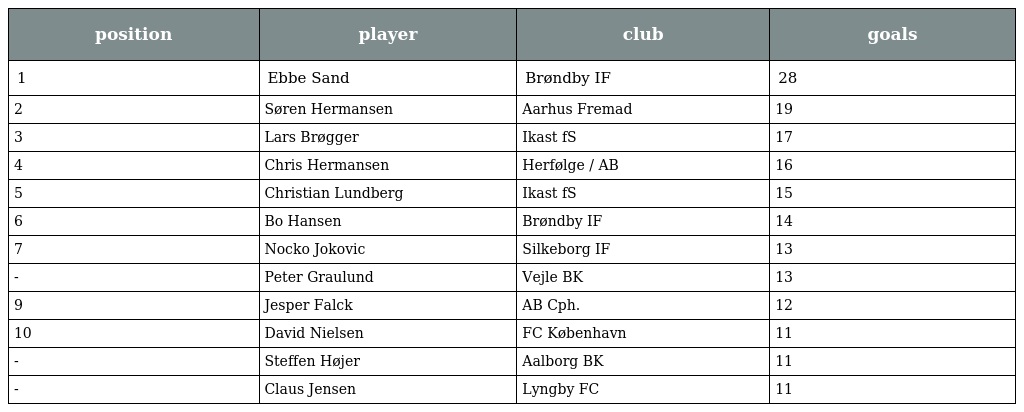
| position | player | club | goals |
 | --- | --- | --- | --- |
 | 1 | Ebbe Sand | Brøndby IF | 28 |
 | 2 | Søren Hermansen | Aarhus Fremad | 19 |
 | 3 | Lars Brøgger | Ikast fS | 17 |
 | 4 | Chris Hermansen | Herfølge / AB | 16 |
 | 5 | Christian Lundberg | Ikast fS | 15 |
 | 6 | Bo Hansen | Brøndby IF | 14 |
 | 7 | Nocko Jokovic | Silkeborg IF | 13 |
 | - | Peter Graulund | Vejle BK | 13 |
 | 9 | Jesper Falck | AB Cph. | 12 |
 | 10 | David Nielsen | FC København | 11 |
 | - | Steffen Højer | Aalborg BK | 11 |
 | - | Claus Jensen | Lyngby FC | 11 |